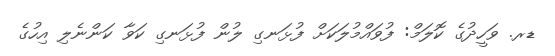
ޑރ. ވަހީދުގެ ކޮލަމް: ފުވައްމުލަކަށް ފުޅަނގި ލުން ފުޅަނގި ކަވާ ކަންނެލި އިހުގެ